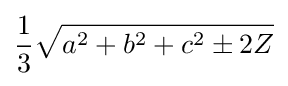
{\frac {1}{3}}{\sqrt {a^{2}+b^{2}+c^{2}\pm 2Z}}